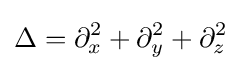
\Delta =\partial _{x}^{2}+\partial _{y}^{2}+\partial _{z}^{2}